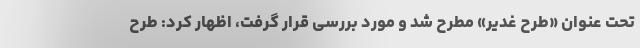
تحت عنوان «طرح غدیر» مطرح شد و مورد بررسی قرار گرفت، اظهار کرد: طرح